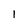
Character: l